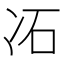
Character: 㓈